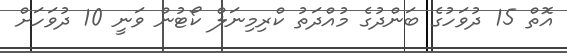
އޮތް 15 ދުވަހުގެ ބަންދުގެ މުއްދަތު ކްރިމިނަލް ކޯޓުން ވަނީ 10 ދުވަހަށް